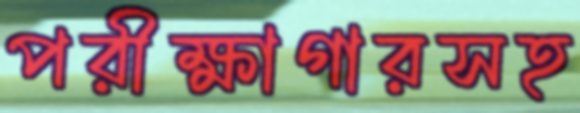
পরীক্ষাগারসহ